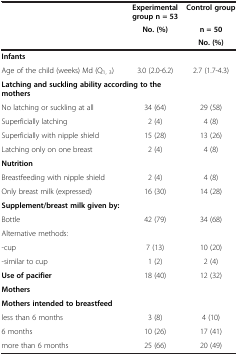
<table><thead><tr><td><b> </b></td><td><b>Experimentalgroup n = 53No. (%)</b></td><td><b>Control groupn = 50No. (%)</b></td></tr></thead><tbody><tr><td><b>Infants</b></td><td> </td><td> </td></tr><tr><td>Age of the child (weeks) Md (Q<sub>1, 3</sub>)</td><td>3.0 (2.0-6.2)</td><td>2.7 (1.7-4.3)</td></tr><tr><td><b>Latching and suckling ability according to the mothers</b></td><td> </td><td> </td></tr><tr><td>No latching or suckling at all</td><td>34 (64)</td><td>29 (58)</td></tr><tr><td>Superficially latching</td><td>2 (4)</td><td>4 (8)</td></tr><tr><td>Superficially with nipple shield</td><td>15 (28)</td><td>13 (26)</td></tr><tr><td>Latching only on one breast</td><td>2 (4)</td><td>4 (8)</td></tr><tr><td><b>Nutrition</b></td><td> </td><td> </td></tr><tr><td>Breastfeeding with nipple shield</td><td>2 (4)</td><td>4 (8)</td></tr><tr><td>Only breast milk (expressed)</td><td>16 (30)</td><td>14 (28)</td></tr><tr><td><b>Supplement/breast milk given by:</b></td><td> </td><td> </td></tr><tr><td>Bottle</td><td>42 (79)</td><td>34 (68)</td></tr><tr><td>Alternative methods:</td><td> </td><td> </td></tr><tr><td>-cup</td><td>7 (13)</td><td>10 (20)</td></tr><tr><td>-similar to cup</td><td>1 (2)</td><td>2 (4)</td></tr><tr><td><b>Use of pacifier</b></td><td>18 (40)</td><td>12 (32)</td></tr><tr><td><b>Mothers</b></td><td> </td><td> </td></tr><tr><td><b>Mothers intended to breastfeed</b></td><td> </td><td> </td></tr><tr><td>less than 6 months</td><td>3 (8)</td><td>4 (10)</td></tr><tr><td>6 months</td><td>10 (26)</td><td>17 (41)</td></tr><tr><td>more than 6 months</td><td>25 (66)</td><td>20 (49)</td></tr></tbody></table>